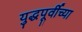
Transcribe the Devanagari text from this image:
युद्धपूर्वीच्या